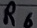
Text: R6